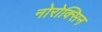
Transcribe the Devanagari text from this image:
नोरोक्सिन